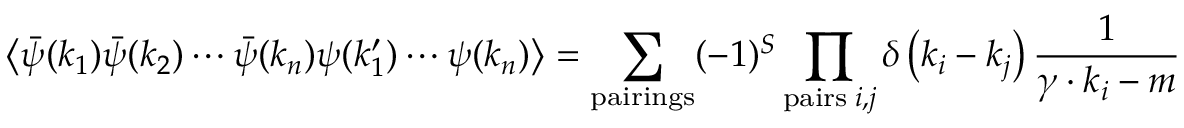
\left\langle { \bar { \psi } } ( k _ { 1 } ) { \bar { \psi } } ( k _ { 2 } ) \cdots { \bar { \psi } } ( k _ { n } ) \psi ( k _ { 1 } ^ { \prime } ) \cdots \psi ( k _ { n } ) \right\rangle = \sum _ { \mathrm { p a i r i n g s } } ( - 1 ) ^ { S } \prod _ { \mathrm { p a i r s } \; i , j } \delta \left( k _ { i } - k _ { j } \right) { \frac { 1 } { \gamma \cdot k _ { i } - m } }